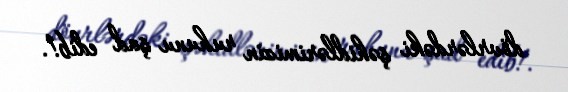
dövrlərdəki şəhidlərimizin ruhunu şad edib!.